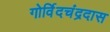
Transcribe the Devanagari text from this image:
गोर्विदचंद्रदास